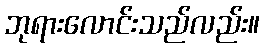
ဘုရားလောင်းသည်လည်း။